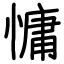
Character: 慵